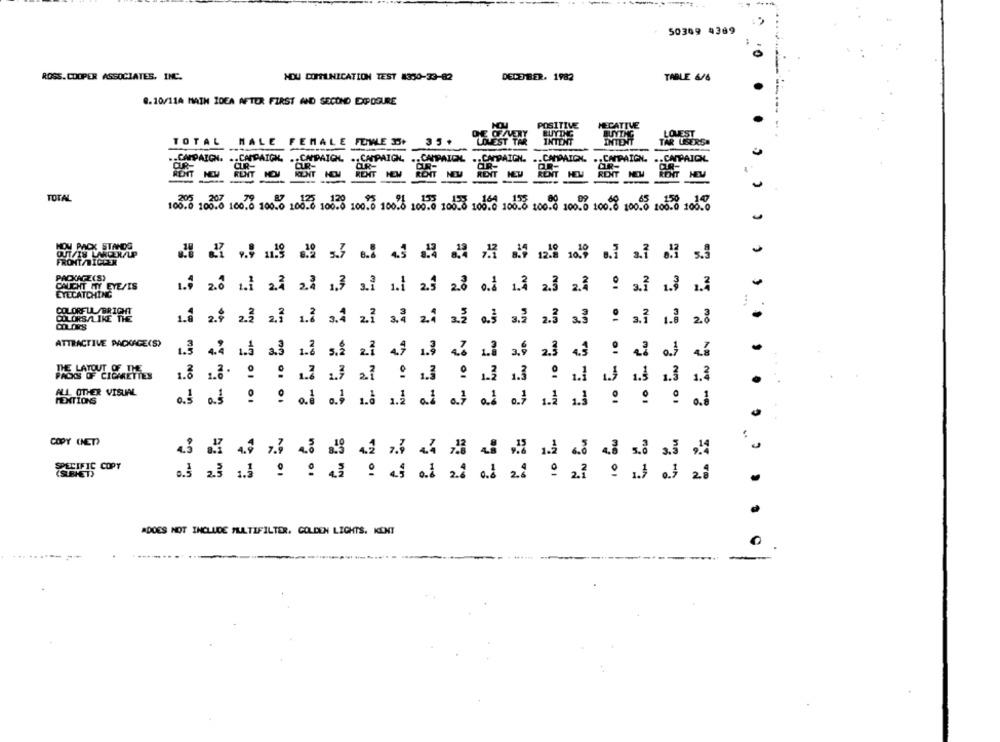
50309 4369
ROSS. COOPER ASSOCIATES, INC.
ADU COMMUNICATION TEST #350-33-82
DECEMBER. 1982
TABLE 6/6
8.10/114 MAIN IDEA AFTER FIRST AND SECOND EXPOSURE
POSITIVE
MEDATIVE
BUTDIG
BUYING
LOUEST
TOTAL MALE FEMALE FEWE 35+
35+
INTENT
INTENT
TAR USERS!
.. CAMPAIGN. .. CAMPAIGN. .. CAPAICH. .. CAMPAIGN.
CUR-
.. CAPAIOL .. CAMPAIGN.
DUR-
.. CAPAICK
OR-
.. CAMPAIGN. .. CAPAICK
RENT
FENT
KENT
RENT
ROMIT
RENT
RENT
HEV
TOTA
100.0 100.8 100.0 105.8
100.0 100.0 100.0 100.0 100.6 1020 100.6 100% 100.0 100-8 100.0 100.6
HOW PACK STANDS
OUT/IN LANDER/LP
FRONT TICOER
UN
PACKAGE(S)
CALICHT ITY EYE/IS
EYECATCHING
ów
...
COLORFUL/BRIGHT
COLORS/LIKE THE
--
ATTRACTIVE PACKAGE(S)
wn
THE LAYOUT OF THE
PACIOS OF CIGARETTES
1.8 1.8. 9 9 1.7 1.7 27 9 1.3 9 1.3 1.3 9 1.1 1.3 1.3 1.3 1.3
ALL OTHER VISUAL
HEXTIONS
of a.s . : at at is ad al at al of ik
1.3
01 - 01
COPY (NET)
3.3
2.ª
ADOES NOT INCLUDE MULTIFILTER. GOLDEN LIGHTS. KENT
. ..